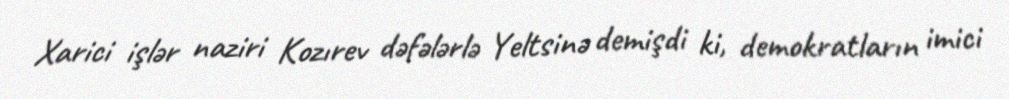
Xarici işlər naziri Kozırev dəfələrlə Yeltsinə demişdi ki, demokratların imici